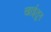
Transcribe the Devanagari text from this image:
खाईतुन